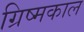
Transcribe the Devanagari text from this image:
ग्रिष्मकाल